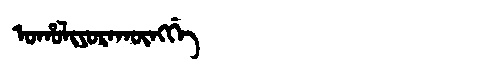
Manchu: ᠣᡥᠣᠯᡳᠶᠣᡵᠠᡴᡡᠩᡤᡝ
Romanization: OHOLIYORAKŪNGGE